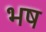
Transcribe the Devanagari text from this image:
भष